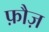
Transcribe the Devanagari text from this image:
फ़ौज़